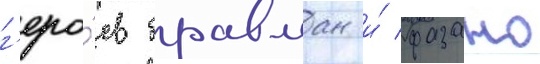
г'еро́ев бравман и́ фазано